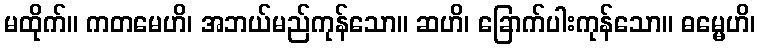
မထိုက်။ ကတမေဟိ၊ အဘယ်မည်ကုန်သော။ ဆဟိ၊ ခြောက်ပါးကုန်သော။ ဓမ္မေဟိ၊